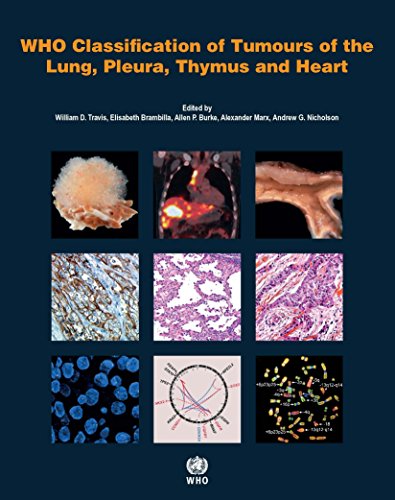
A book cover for WHO Classification of Tumours of the Lung, Pleura, Thymus and Heart (IARC WHO Classification of Tumours); International Agency for Research on Cancer; Medical Books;